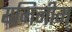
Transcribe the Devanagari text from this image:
यमिनीम्